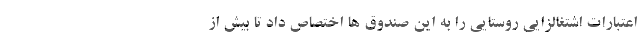
اعتبارات اشتغالزایی روستایی را به این صندوق ها اختصاص داد تا بیش از